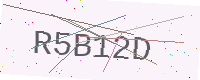
Text: R5B12D